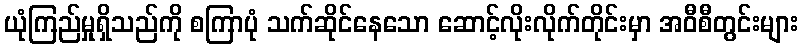
ယုံကြည်မှုရှိသည်ကို စကြာပုံ သက်ဆိုင်နေသော ဆောင့်လိုးလိုက်တိုင်းမှာ အဝီစီတွင်းများ